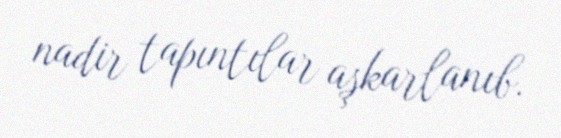
nadir tapıntılar aşkarlanıb.